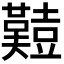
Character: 𪤱